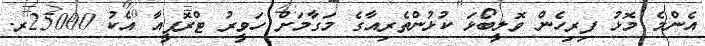
އެންމެ މޮޅު ފިރިހެން ވޮލީބޯޅަ ކުޅުންތެރިއާގެ މަގާމަށް ހަވީރު ޓްރޮފީއާ އެކު 25000ރ.